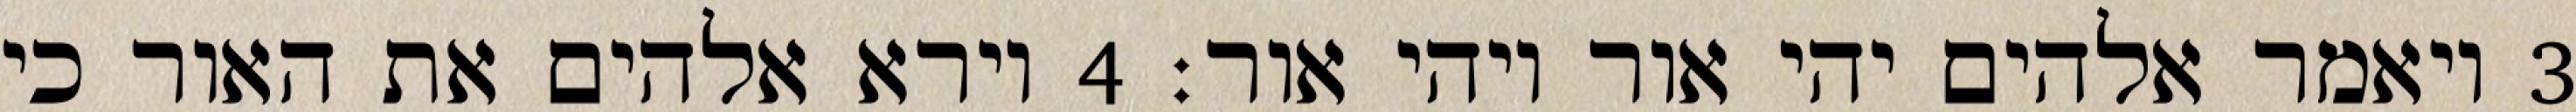
‎3‏ ויאמר אלהים יהי אור ויהי אור׃ ‎4‏ וירא אלהים את האור כי